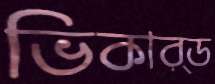
ভিকার্ড